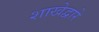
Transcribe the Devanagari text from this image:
शाखेद्वारे